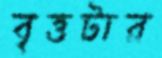
বৃত্তটার